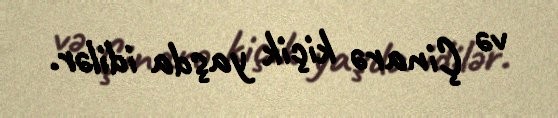
və Çinarə kiçik yaşda idilər.